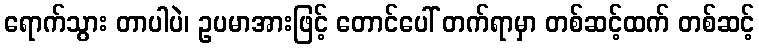
ရောက်သွား တာပါပဲ၊ ဥပမာအားဖြင့် တောင်ပေါ် တက်ရာမှာ တစ်ဆင့်ထက် တစ်ဆင့်